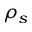
\rho _ { s }